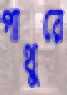
পাথুরে